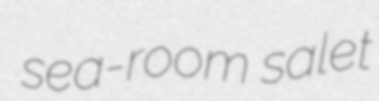
sea-room salet